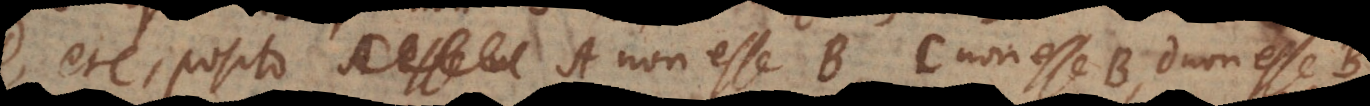
etc., posito A non esse B, C non esse B, D non esse